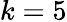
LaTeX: k=5